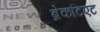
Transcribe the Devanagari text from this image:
ब्रेकटिएट